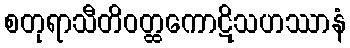
စတုရာသီတိဝတ္ထကောဋိသဟဿာနံ